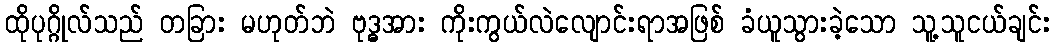
ထိုပုဂ္ဂိုလ်သည် တခြား မဟုတ်ဘဲ ဗုဒ္ဓအား ကိုးကွယ်လဲလျောင်းရာအဖြစ် ခံယူသွားခဲ့သော သူ့သူငယ်ချင်း